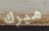
ميرك